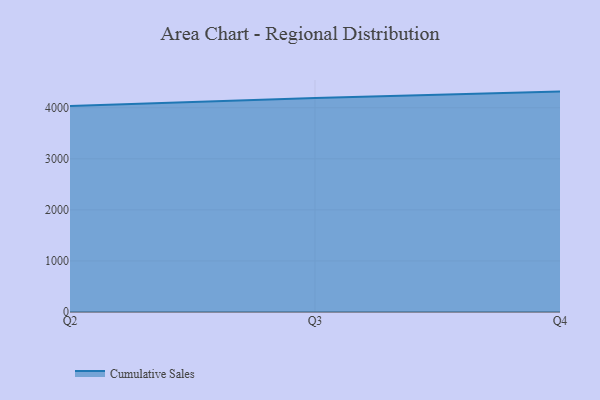
{"axis": {"x": "Quarter", "y": "Waste Production (Tons)"}, "legend": ["Cumulative Sales"], "data": [{"x": "Q2", "y": 4031.9, "type": "Cumulative Sales"}, {"x": "Q3", "y": 4189.7, "type": "Cumulative Sales"}, {"x": "Q4", "y": 4315.8, "type": "Cumulative Sales"}]}